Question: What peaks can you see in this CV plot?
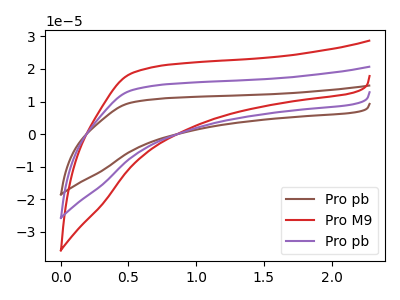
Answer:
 <answer>The brown curve "Pro pb" has no peaks. The red curve "Pro M9" has no peaks. The purple curve "Pro pb" has no peaks.</answer>
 <eval></eval>